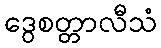
ဒွေစတ္တာလီသံ